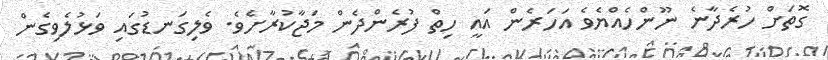
ގޮތަށް ހުރެދާނެ ނޫންހެއްޔެވެ އަހަރެން އައީ ހިތް ފުރެންދެން މަޖާކުރާށެވެ. ވެލިގަނޑުގައި ވަޅުލެވިގެން